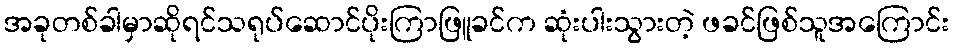
အခုတစ်ခါမှာဆိုရင်သရုပ်ဆောင်ပိုးကြာဖြူခင်က ဆုံးပါးသွားတဲ့ ဖခင်ဖြစ်သူအကြောင်း